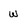
Character: W